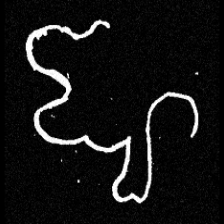
Pyu character \u2014 Myanmar letter: ဈ (romanized: jha)